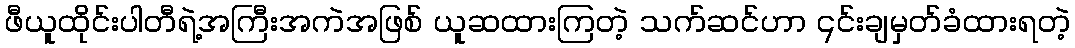
ဖီယူထိုင်းပါတီရဲ့အကြီးအကဲအဖြစ် ယူဆထားကြတဲ့ သက်ဆင်ဟာ ၎င်းချမှတ်ခံထားရတဲ့